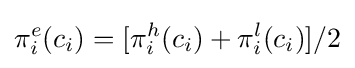
\pi _{i}^{e}(c_{i})=[\pi _{i}^{h}(c_{i})+\pi _{i}^{l}(c_{i})]/2